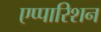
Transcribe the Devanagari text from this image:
एप्पारिशन